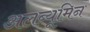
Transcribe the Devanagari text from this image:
अलब्यूमिन